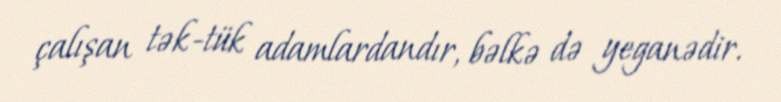
çalışan tək-tük adamlardandır, bəlkə də yeganədir.